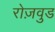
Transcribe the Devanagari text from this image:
रोज़वुड